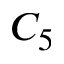
C _ { 5 }